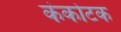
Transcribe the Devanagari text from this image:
कंकोटक